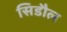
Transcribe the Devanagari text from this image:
सिडौल